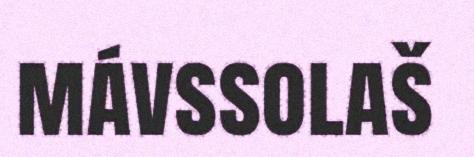
mávssolaš